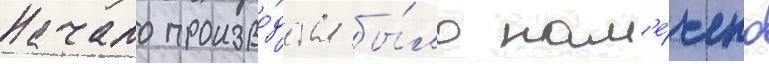
Начало произво́дства бы́ло нам'е́чено